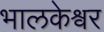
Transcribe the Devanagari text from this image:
भालकेश्वर